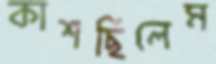
কাশছিলেম